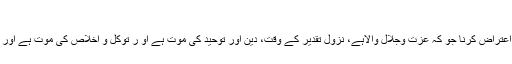
مجلس 48)
* اللہ کی ذات پر بندے کا اعتراض کرنا جو کہ عزت وجلال والاہے، نزولِ تقدیر کے وقت، دین اور توحید کی موت ہے او ر توکل و اخلاص کی موت ہے اور یقین وروح کی موت ہے ۔